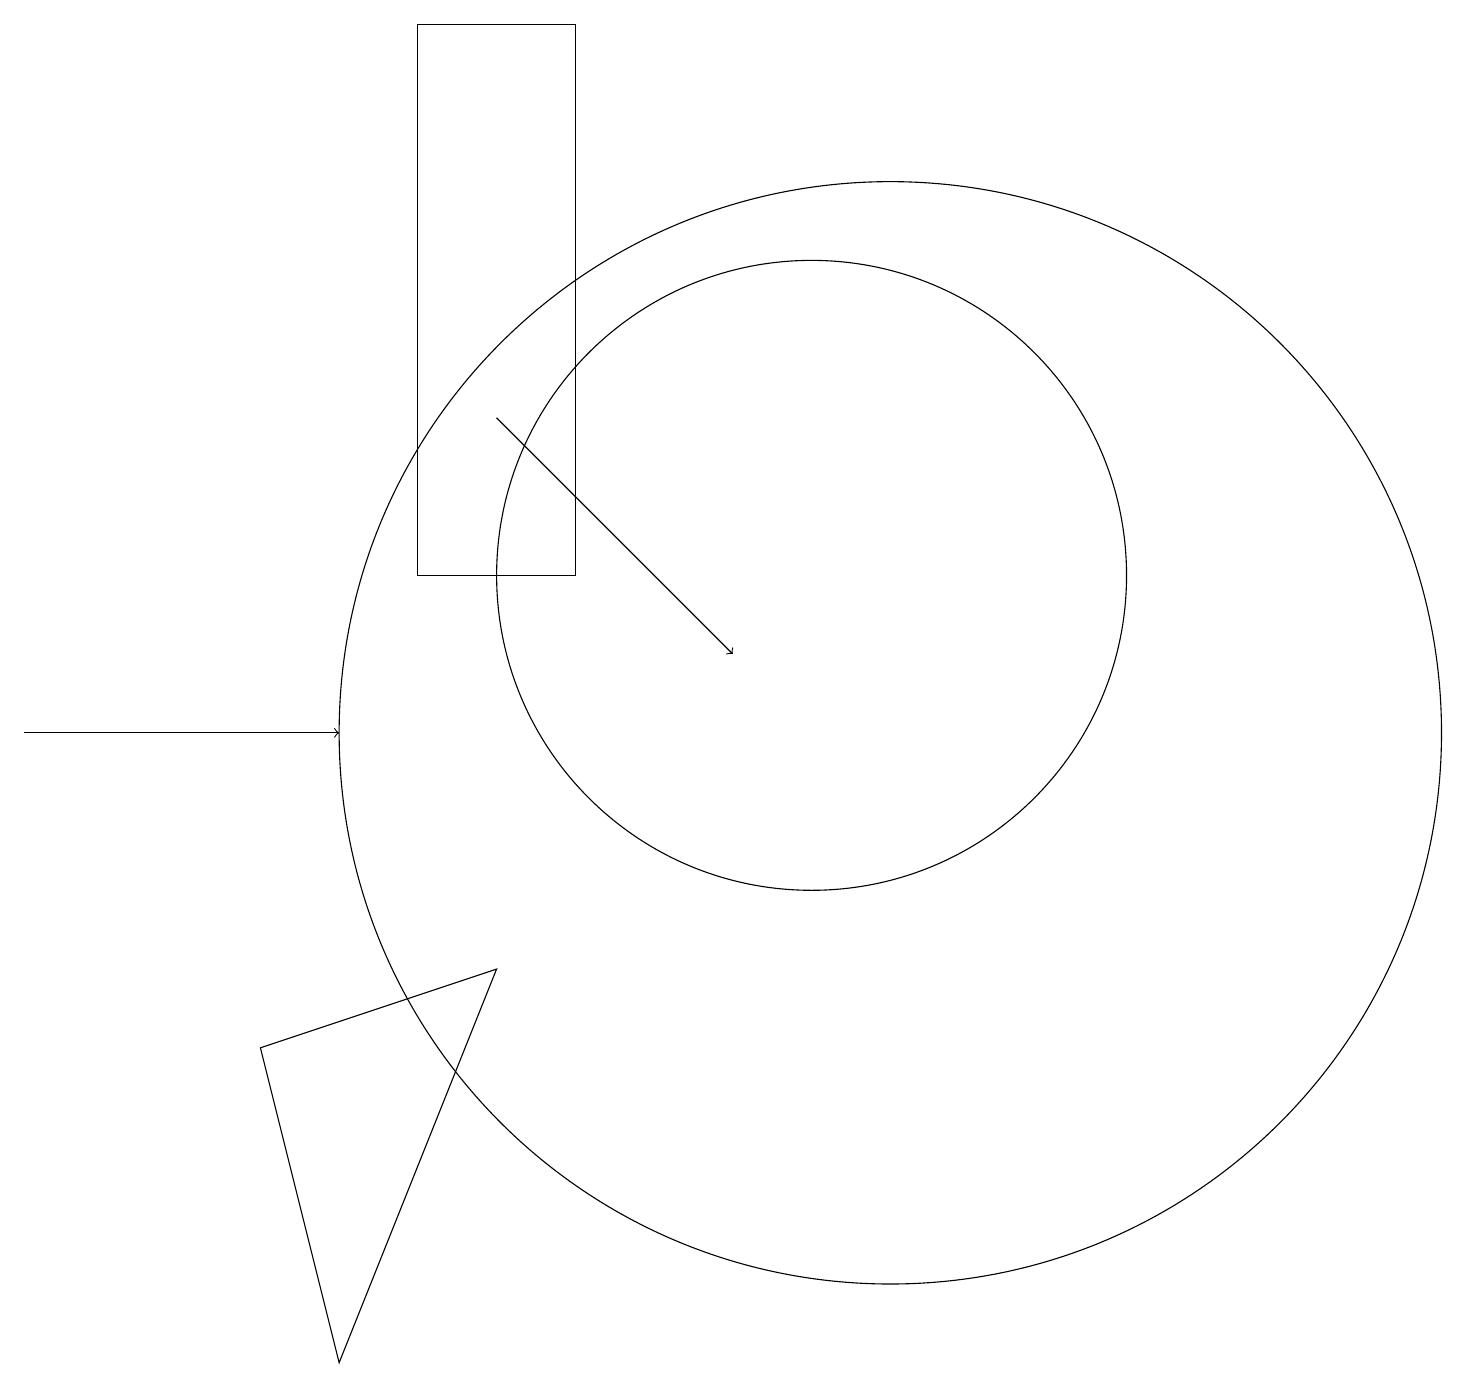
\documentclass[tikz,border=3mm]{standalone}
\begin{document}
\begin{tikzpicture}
\draw[->] (6,14) -- (9,11);
\draw (5,12) rectangle (7,19);
\draw (11,10) circle (7);
\draw[->] (0,10) -- (4,10);
\draw (10,12) circle (4);
\draw (4,2) -- (6,7) -- (3,6) -- cycle;
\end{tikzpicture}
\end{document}